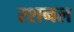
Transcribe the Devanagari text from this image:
रशनल